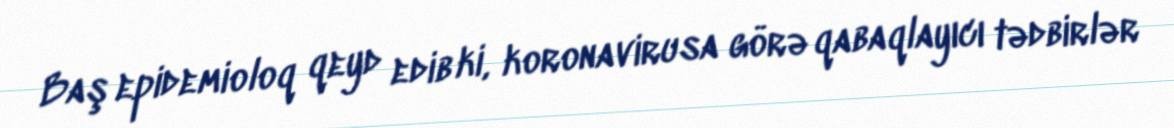
Baş epidemioloq qeyd edib ki, koronavirusa görə qabaqlayıcı tədbirlər